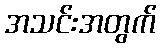
အသင်းအတွက်